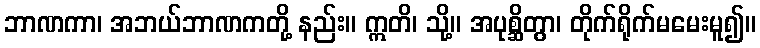
ဘာဏကာ၊ အဘယ်ဘာဏကတို့ နည်း။ ဣတိ၊ သို့။ အပုစ္ဆိတွာ၊ တိုက်ရိုက်မမေးမူ၍။